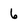
Character: 6